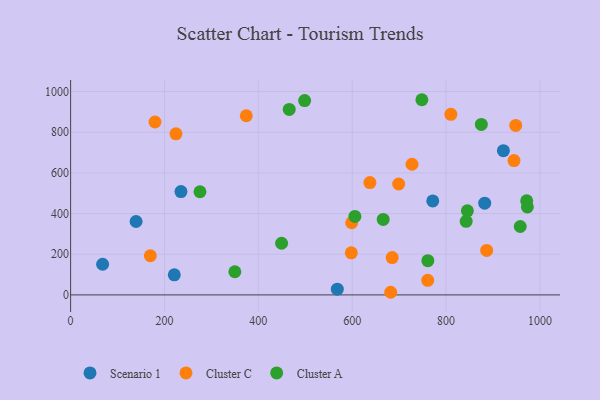
{"axis": {"x": "Study Hours", "y": "Profit"}, "legend": ["Cluster A", "Cluster C", "Scenario 1"], "data": [{"x": "139.5", "y": 360.9, "type": "Scenario 1"}, {"x": "771.6", "y": 462.1, "type": "Scenario 1"}, {"x": "68.2", "y": 150.7, "type": "Scenario 1"}, {"x": "220.9", "y": 98.8, "type": "Scenario 1"}, {"x": "568.2", "y": 28.0, "type": "Scenario 1"}, {"x": "922.1", "y": 709.4, "type": "Scenario 1"}, {"x": "882.3", "y": 450.8, "type": "Scenario 1"}, {"x": "235.1", "y": 507.9, "type": "Scenario 1"}, {"x": "179.8", "y": 850.1, "type": "Cluster C"}, {"x": "760.9", "y": 71.5, "type": "Cluster C"}, {"x": "699.0", "y": 545.3, "type": "Cluster C"}, {"x": "637.7", "y": 552.3, "type": "Cluster C"}, {"x": "948.4", "y": 833.4, "type": "Cluster C"}, {"x": "598.8", "y": 354.7, "type": "Cluster C"}, {"x": "169.8", "y": 192.5, "type": "Cluster C"}, {"x": "682.0", "y": 12.9, "type": "Cluster C"}, {"x": "685.1", "y": 183.5, "type": "Cluster C"}, {"x": "944.7", "y": 660.5, "type": "Cluster C"}, {"x": "598.0", "y": 206.9, "type": "Cluster C"}, {"x": "224.4", "y": 791.8, "type": "Cluster C"}, {"x": "374.3", "y": 881.0, "type": "Cluster C"}, {"x": "727.4", "y": 642.5, "type": "Cluster C"}, {"x": "886.5", "y": 218.6, "type": "Cluster C"}, {"x": "810.2", "y": 888.0, "type": "Cluster C"}, {"x": "958.0", "y": 336.3, "type": "Cluster A"}, {"x": "845.4", "y": 413.2, "type": "Cluster A"}, {"x": "465.8", "y": 912.1, "type": "Cluster A"}, {"x": "875.1", "y": 838.1, "type": "Cluster A"}, {"x": "973.2", "y": 432.7, "type": "Cluster A"}, {"x": "349.9", "y": 113.9, "type": "Cluster A"}, {"x": "971.7", "y": 462.4, "type": "Cluster A"}, {"x": "842.8", "y": 361.8, "type": "Cluster A"}, {"x": "275.6", "y": 507.3, "type": "Cluster A"}, {"x": "605.7", "y": 385.8, "type": "Cluster A"}, {"x": "761.1", "y": 168.3, "type": "Cluster A"}, {"x": "666.0", "y": 371.2, "type": "Cluster A"}, {"x": "498.6", "y": 955.4, "type": "Cluster A"}, {"x": "449.5", "y": 253.9, "type": "Cluster A"}, {"x": "748.4", "y": 959.7, "type": "Cluster A"}]}